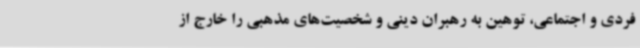
فردی و اجتماعی، توهین به رهبران دینی و شخصیت‌های مذهبی را خارج از